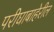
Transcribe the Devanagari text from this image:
परीघाबाहेरील